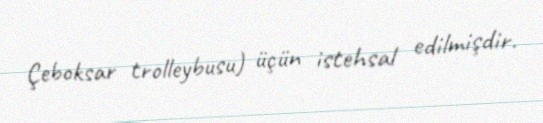
Çeboksar trolleybusu) üçün istehsal edilmişdir.